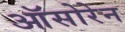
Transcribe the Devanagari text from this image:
ऑसोरेन